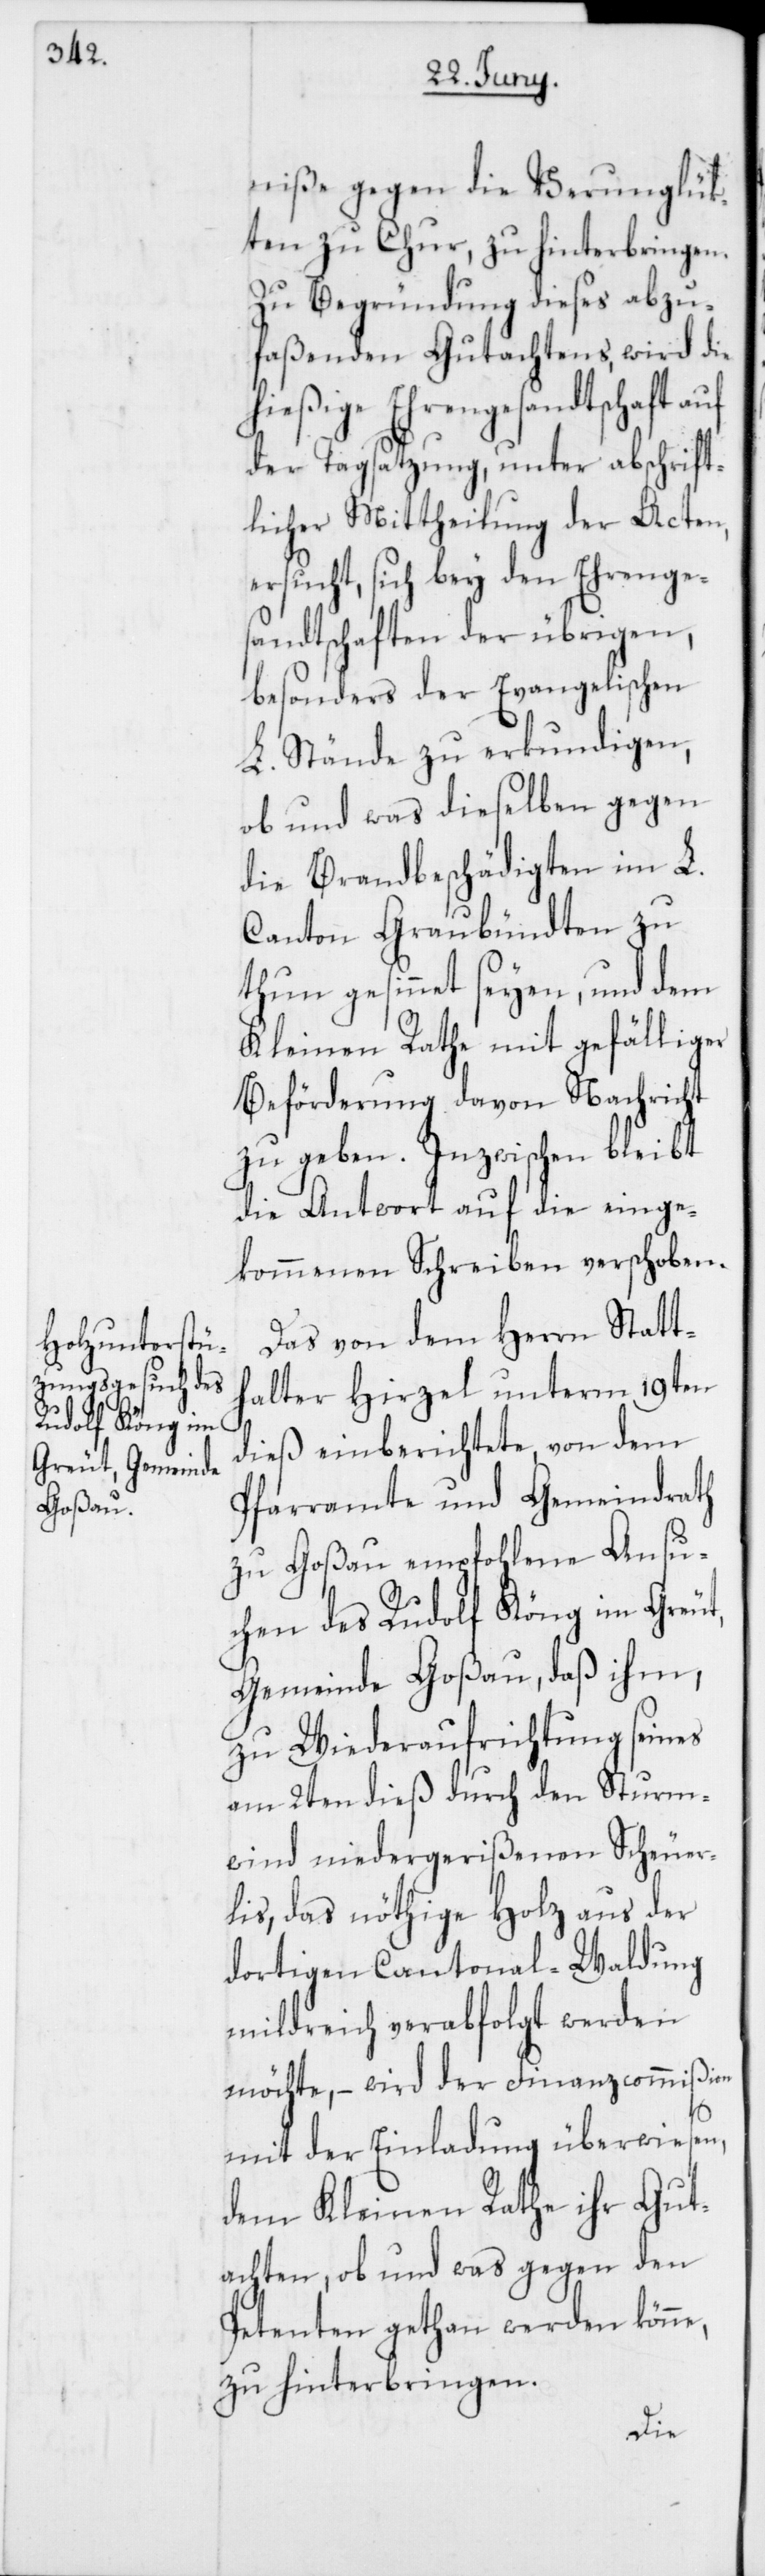
niße gegen die Verunglük¬
ten zu Chur, zu hinterbringen.
Zu Begründung dieses abzu¬
faßenden Gutachtens, wird die
hießige Ehrengesandtschaft auf
der Tagsatzung, unter abschrift¬
licher Mittheilung der Acten,
ersucht, sich bey den Ehrenge¬
sandtschaften der übrigen,
besonders der Evangelischen
L. Stände zu erkundigen,
ob und was dieselben gegen
die Brandbeschädigten im L.
Canton Graubündten zu
thun gesinnt seyen, und dem
Kleinen Rathe mit gefälliger
Beförderung davon Nachricht
zu geben. Inzwischen bleibt
die Antwort auf die einge¬
kommenen Schreiben verschoben.
Das von dem Herrn Statt¬
halter Hirzel unterm 19ten
e,
dieß einberichtete, von dem
Pfarramte und Gemeindrath
zu Goßau empfohlene Ansu¬
chen des Rudolf Köng im Greut,
Gemeinde Goßau, daß ihm,
zu Wiederaufrichtung seines
am 2ten dieß durch den Sturm¬
wind niedergerißenen Scheuer¬
lis, das nöthige Holz aus der
dortigen Cantonal-Waldung
mildreich verabfolgt werden
möchte, – wird der Finanzcommißion
mit der Einladung überwiesen,
dem Kleinen Rathe ihr Gut¬
achten, ob und was gegen den
Petenten gethan werden könn¬
zu hinterbringen.